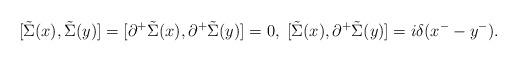
LaTeX: \begin{align*}[\tilde{\Sigma}(x),\tilde{\Sigma}(y)]=[{\partial}^+\tilde{\Sigma}(x),{\partial}^+\tilde{\Sigma}(y)]=0, \; [\tilde{\Sigma}(x),{\partial}^+\tilde{\Sigma}(y)]=i{\delta}(x^--y^-).\end{align*}